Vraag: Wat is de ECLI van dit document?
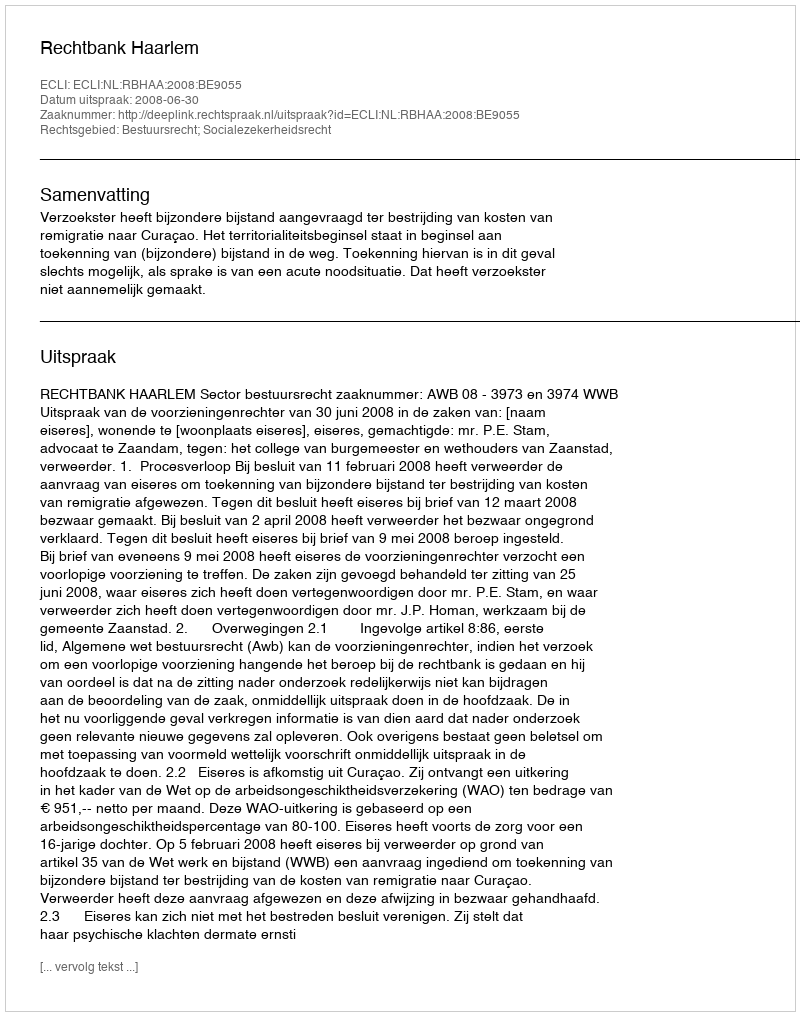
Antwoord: ECLI:NL:RBHAA:2008:BE9055